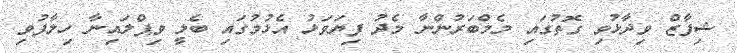
ޝިފާޒް ވިދާޅުވި ގޮތުގައި މެމްބަރުންނާ މެދު ފިޔަވަޅު އެޅުމުގައި ބެލީ ވިޕްލައިނާ ހިލާފުވި